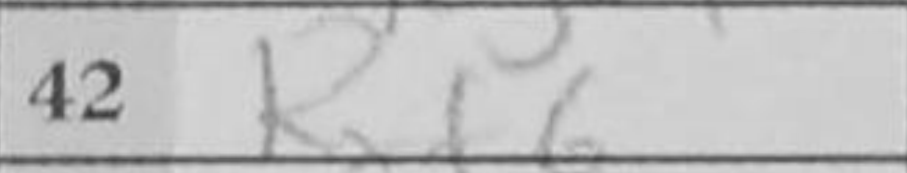
Transcription: Rxf6